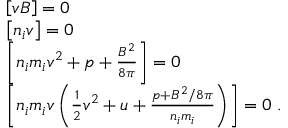
\begin{array} { r l } & { \left[ v B \right] = 0 } \\ & { \left[ n _ { i } v \right] = 0 } \\ & { \left[ n _ { i } m _ { i } v ^ { 2 } + p + \frac { B ^ { 2 } } { 8 \pi } \right] = 0 } \\ & { \left[ n _ { i } m _ { i } v \left( \frac { 1 } { 2 } v ^ { 2 } + u + \frac { p + B ^ { 2 } / 8 \pi } { n _ { i } m _ { i } } \right) \right] = 0 \ . } \end{array}